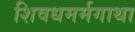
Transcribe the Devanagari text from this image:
शिवधमर्मगाथा